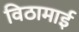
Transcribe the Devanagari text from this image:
विठामाई